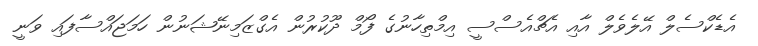
އެޑެކްސެލް އޭލެވެލް އާއި އެޗްއެސްސީ އިމްތިހާނުގެ ފޯމް ދޫކުރުން އެގްޒަމިނޭޝަނުން ހަމަޖައްސާފައި ވަނީ